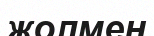
жолмен